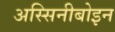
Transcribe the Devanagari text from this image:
अस्सिनीबोइन